Code of medical and sanitary regulations for the guidance of medical officers serving in the Madras Presidency - Volume II
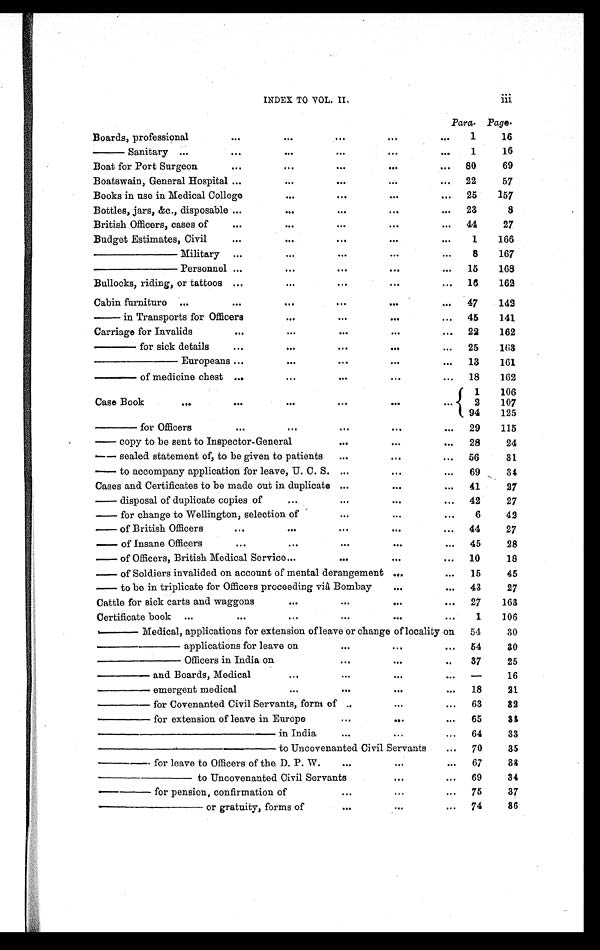
INDEX TO VOL. II. i i i
Para. Page.
Boards, professional
...
...
...
. . .
...
1
16
—— Sanitary ...
...
...
...
. . .
...
1
16
Boat for Port Surgeon
...
...
...
. . .
... 80
69
Boatswain, General Hospital ...
...
...
. . .
... 22
57
Books in use in Medical College
...
...
...
... 25
157
Bottles, jars, &c., disposable ...
...
...
...
... 23
8
British Officers, cases of
...
...
...
. . .
... 44
27
Budget Estimates, Civil
...
. . . ...
. . .
...
1
166
—————— Military ...
...
...
...
...
8
167
—————— Personnel ...
...
...
. . .
...
15
168
Bullocks, riding, or tattoos ...
...
...
. . .
... 16
162
Cabin furniture ...
...
...
...
. . .
... 47
142
— i n Transport s for Offi cers
...
...
. . .
... 45
141
Carriage for Invalids
...
...
...
. . .
... 22
162
——— for sick details
...
...
...
. . .
... 25
163
—————— Europeans ...
...
...
. . .
... 13
161
——— of medicine chest ...
...
...
...
... 18
162
Case Book
. . . ...
...
...
...
...
1
106
2
107
94
125
——— for Officers
...
...
...
. . .
... 29
115
— copy to be sent to Inspector-General
...
. . .
...
28
24
— sealed statement of, to be given to patients
...
...
... 56
31
— to accompany application for leave, U. C. S. ...
. . .
...
69
34
Cases and Certificates to be made out in duplicate ...
. . .
... 41
27
— disposal of duplicate copies of
...
...
. . .
... 42
27
— for change to Wellington, selection of
...
...
...
6
42
— of British Officers
...
...
...
. . .
... 44
27
— of Insane Officers
...
...
...
. . .
... 45
28
— of Officers, British Medical Service ...
...
. . .
... 10
18
— of Soldiers invalided on account of mental derangement ...
... 15
45
— to be in triplicate for Officers proceeding viâ Bombay
. . .
... 43
27
Cattle for sick carts and waggons
...
...
. . .
... 27
163
Certificate book ... ...
...
...
. . .
...
1
106
———— Medical, applications for extension of leave or change of locality on
54
30
—————— applications for leave on
...
. . .
... 54
30
—————— Officers in India on
...
. . .
...
37
25
————— and Boards, Medical
...
...
. . .
...
—
16
————— emergent medical
...
...
...
...
18
21
————— for Covenanted Civil Servants, form of ...
...
... 63
32
————— for extension of leave in Europe
...
...
...
65
33
————————— in India
...
. . .
... 64
33
————————— to Uncovenanted Civil Servants
... 70
35
————— for leave to Officers of the D. P. W.
...
. . .
...
67
33
——————— to Uncovenanted Civil Servants
...
... 69
34
————— for pension, confirmation of
...
...
...
75
37
———————— or gr a t ui t y, f or ms of
...
. . .
... 74
36